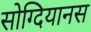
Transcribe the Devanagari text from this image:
सोग्दियानस